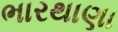
ભારથાણા